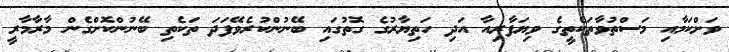
ވަށްކަމާއި މަސްތުވާތަކެތީގެ ވިޔަފާރިއާ އަދި ހަތިޔާރުގެ ގޮތުގައި ބޭނުންކުރެވޭފަދަ ތަކެތި ބޭނުންކޮށްގެން މާރާމާރީ